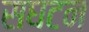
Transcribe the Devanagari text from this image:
सघटन